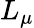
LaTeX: L_{\mu}